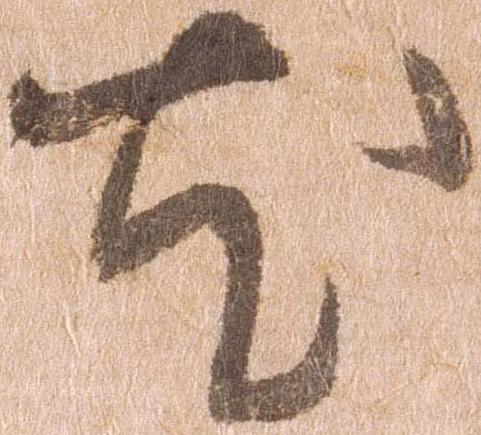
尤